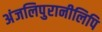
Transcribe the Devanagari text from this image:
अंजलिपुरानीलिपि